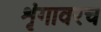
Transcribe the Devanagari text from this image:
शृंगावरच